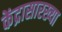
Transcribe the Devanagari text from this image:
केंद्रासारख्या